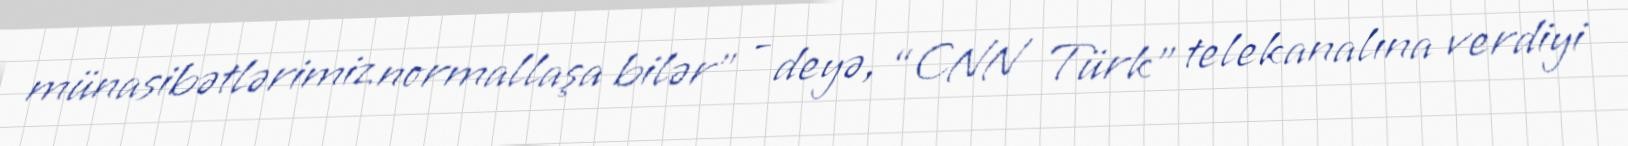
münasibətlərimiz normallaşa bilər” - deyə, “CNN Türk” telekanalına verdiyi